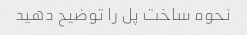
نحوه ساخت پل را توضیح دهید